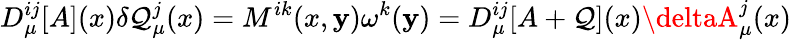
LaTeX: D_{\mu}^{ij}[A](x)\delta\mathcal{Q}_{\mu}^{j}(x)=M^{ik}(x,\mathbf{y})\omega^{k}(\mathbf{y})=D_{\mu}^{ij}[A+\mathcal{Q}](x)\deltaA_{\mu}^{j}(x)